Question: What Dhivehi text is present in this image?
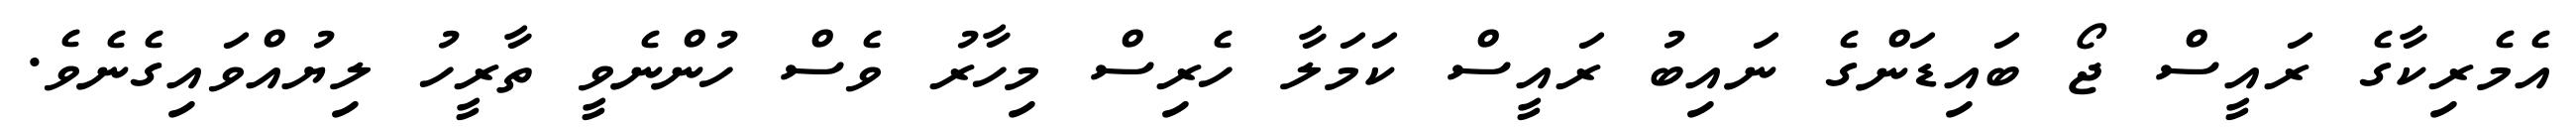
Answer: އެމެރިކާގެ ރައީސް ޖޯ ބައިޑަންގެ ނައިބު ރައީސް ކަމަލާ ހެރިސް މިހާރު ވެސް ހުންނެވީ ތާރީހު ލިޔުއްވައިގެނެވެ.